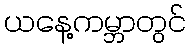
ယနေ့ကမ္ဘာတွင်